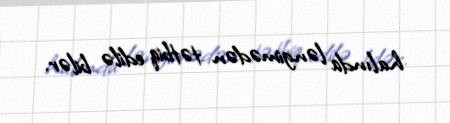
halında ləngimədən tətbiq edilə bilər.